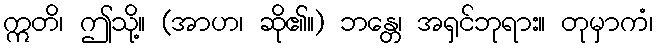
ဣတိ၊ ဤသို့။ (အာဟ၊ ဆို၏။) ဘန္တေ၊ အရှင်ဘုရား။ တုမှာကံ၊